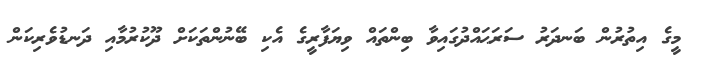
މީގެ އިތުރުން ބަނދަރު ސަރަޙައްދުގައިވާ ބިންތައް ވިޔަފާރީގެ އެކި ބޭނުންތަކަށް ދޫކުރުމާއި ދަނޑުވެރިކަން